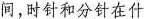
间，时针和分针在什